Assam Mental Hospital (Tezpur, India) - 1933-1948
Year: 1933
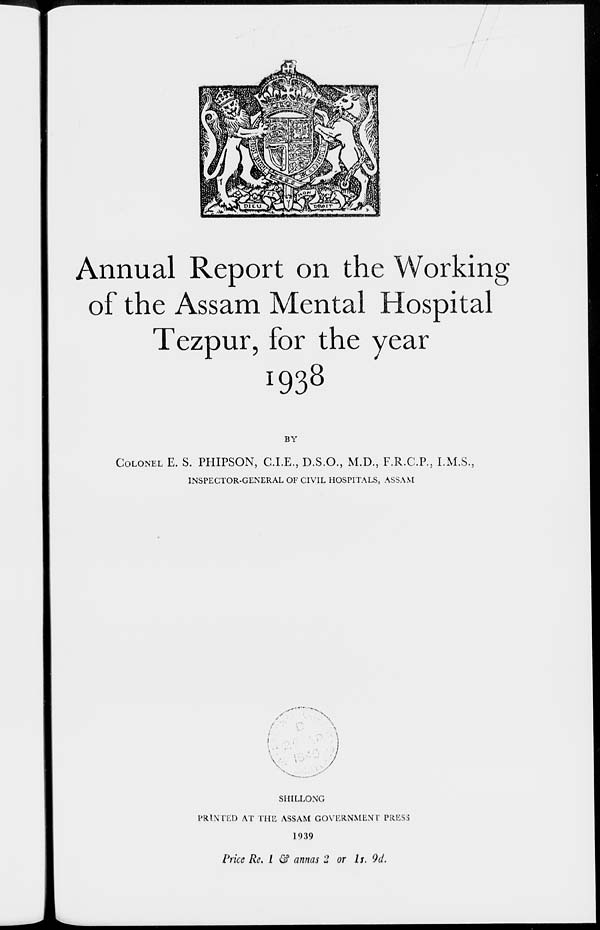
Annual Report on the Working
of the Assam Mental Hospital
Tezpur, for the year
1938
BY
COLONEL E. S. PHIPSON, C.I.E., D.S.O., M.D., F.R.C.P., I.M.S.,
INSPECTOR-GENERAL OF CIVIL HOSPITALS, ASSAM
SHILLONG
PRINTED AT THE ASSAM GOVERNMENT PRESS
1939
Price Re. 1 & annas 2 or 1s. 9d.